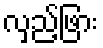
လှည့်ဖြား